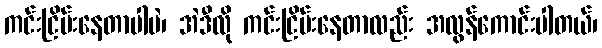
ကင်းငြိမ်းနေတာပါပဲ၊ အဲဒီလို ကင်းငြိမ်းနေတာလည်း အလွန်ကောင်းပါတယ်၊